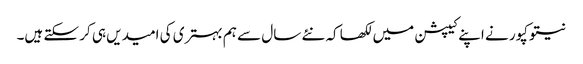
نیتو کپور نے اپنے کیپشن میں لکھا کہ نئے سال سے ہم بہتری کی امیدیں ہی کر سکتے ہیں۔